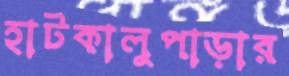
হাটকালুপাড়ার